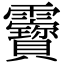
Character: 靌